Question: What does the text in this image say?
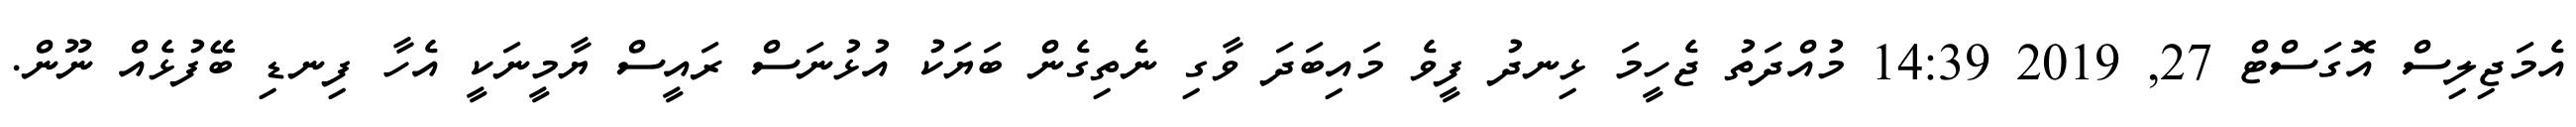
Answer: އެމަޖިލިސް އޮގަސްޓް 27, 2019 14:39 މުއްދަތު ޖެހީމަ ޅިނދު ފީވެ މައިބަދަ ވާގި ނެތިގެން ބަޔަކު އުޅުނަސް ރައީސް ޔާމީނަކީ އެހާ ފިނޑި ބޭފުޅެއް ނޫން.